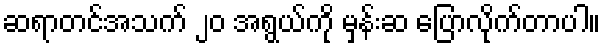
ဆရာတင်အသက် ၂၀ အရွယ်ကို မှန်းဆ ပြောလိုက်တာပါ။